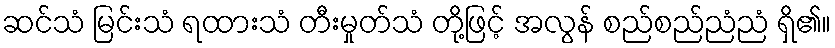
ဆင်သံ မြင်းသံ ရထားသံ တီးမှုတ်သံ တို့ဖြင့် အလွန် စည်စည်ညံညံ ရှိ၏။